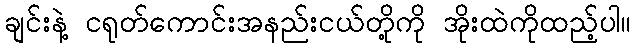
ချင်းနဲ့ ငရုတ်ကောင်းအနည်းငယ်တို့ကို အိုးထဲကိုထည့်ပါ။